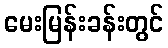
မေးမြန်းခန်းတွင်